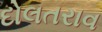
દોલતરાવ